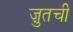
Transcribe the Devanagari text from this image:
ज़ुतची